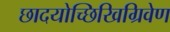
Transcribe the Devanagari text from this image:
छादयोच्छिखिग्रिवेण